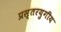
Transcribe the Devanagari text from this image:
प्रस्तरयुगीय